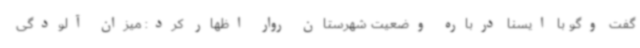
گفت وگو با ایسنا درباره وضعیت شهرستان روار اظهار کرد: میزان آلودگی